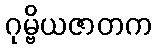
ဂုမ္ဗိယဇာတက